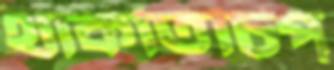
থাকতিচিপ্